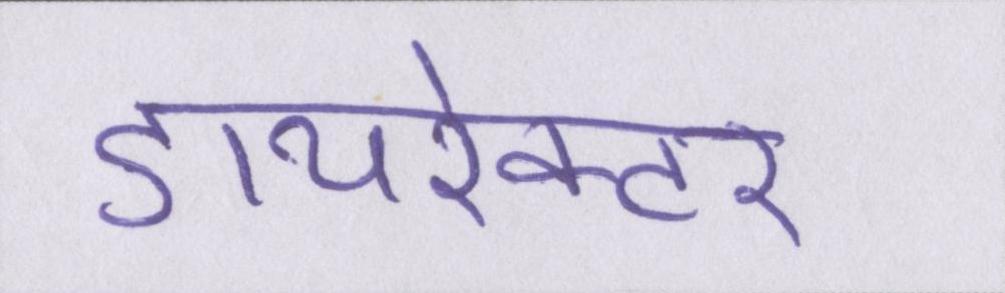
डायरेक्टर